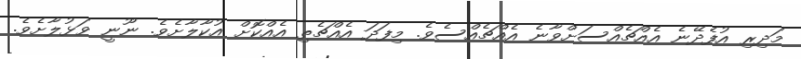
މަދިރި އުފެދޭނެ އެއްޗެއްސަށްވާނެ އެއްޗެއްސެވެ. މިފަދަ އެއްޗެތި އެއްކޮށް އުކާލާށެވެ. ނޫނީ ވަޅުލާށެވެ.